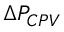
\Delta P _ { C P V }